system: You are a helpful assistant.
user:
Analyze the provided spectrum to determine if it is a **Carbon Star (C-type)**.

- **Key Visual Indicators of Carbon Star:**
    - **(Primary):** Strong molecular absorption from **C₂ (diatomic carbon) "Swan Bands."** This is the **defining feature** of a carbon star.
        - **(Key Bandheads):** Sharp absorption edges are visible at approximately $5635$ Å, $5165$ Å (the strongest band), and $4737$ Å.
        - **(Line Profile):** Creates a distinct **"saw-tooth"** pattern. The key morphology is a sharp, steep bandhead on the **red (long-wavelength) side**, which then gradually tapers off (i.e., flux recovers) towards the **blue (short-wavelength) side**. *(This is the direct opposite of the TiO bands seen in M-type stars)*.

    - **(Secondary):** Intense **CN (cyanogen)** molecular absorption bands.
        - **(Key Bandheads):** Located in the blue and violet regions of the spectrum (e.g., near $4215$ Å and $3883$ Å).
        - **(Morphology):** These bands are extremely broad and act as a "blanket," absorbing the vast majority of blue and violet light. This creates a characteristic **"cliff"** or **"steep drop-off"** in the spectrum's flux at short wavelengths.

    - **(Key Confirmation):** Strong **CH absorption band (G-band)**.
        - **(Key Bandhead):** Located around $4300$ Å. The contribution from CH molecules to this band is exceptionally strong.

    - **(Overall Spectrum):**
        - The continuum is severely "chopped up" by these deep molecular bands, especially C₂, rather than appearing as a smooth curve.
        - Due to the heavy CN and C₂ absorption in the blue-green, the vast majority of the star's flux is concentrated in the red part of the spectrum, giving the star its characteristic deep red color.

Think first, call **spectral_visualization_tool** if needed to examine features in detail, then provide your final answer. Your response must adhere to the following strict rules:
1.  **Overall Structure:** Your response must follow the format `<think>...</think> <tool_call>...</tool_call> (if a tool is used) <answer>...</answer>`.
2.  **Tool Usage Constraint:** You may only make **one** tool call per turn.
3.  **Final Answer Format:** In the `<answer>` tag, your conclusion must be inside a `\boxed{}` command (e.g., `\boxed{YES}`), followed by your justification.

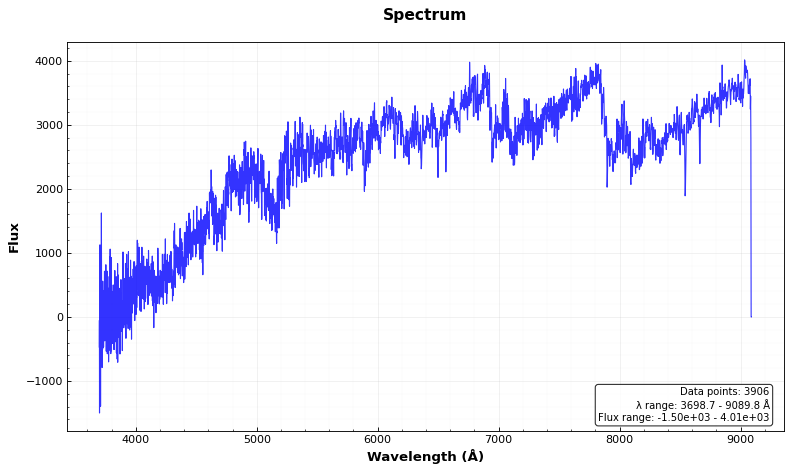
Answer: YES